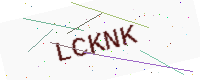
Text: LCKNK